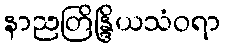
နာညတြိန္ဒြိယသံဝရာ